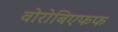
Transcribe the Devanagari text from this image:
वोरोबिएफफ